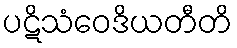
ပဋိသံဝေဒိယတီတိ